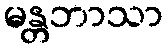
မန္တဘာသာ